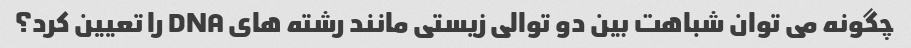
چگونه می توان شباهت بین دو توالی زیستی مانند رشته های DNA را تعیین کرد؟